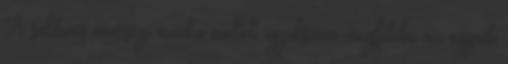
A sablonos minőségi munka mellett igyekszem megfelelni az egyedi